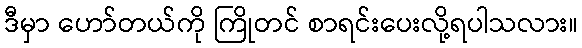
ဒီမှာ ဟော်တယ်ကို ကြိုတင် စာရင်းပေးလို့ရပါသလား။